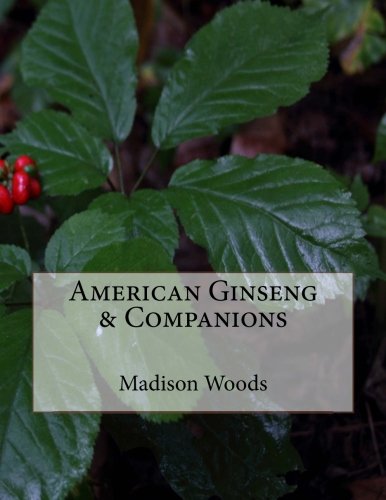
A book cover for American Ginseng & Companions; Madison Woods; Crafts, Hobbies & Home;